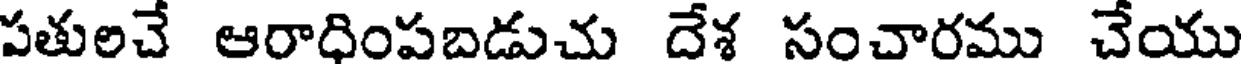
పతులచే ఆరాధింపబడుచు దేశ సంచారము చేయు